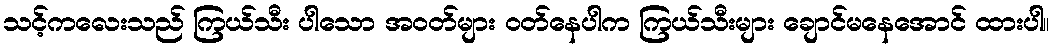
သင့်ကလေးသည် ကြယ်သီး ပါသော အဝတ်များ ဝတ်နေပါက ကြယ်သီးများ ချောင်မနေအောင် ထားပါ။